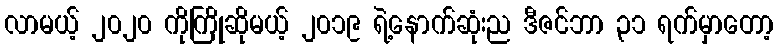
လာမယ့် ၂၀၂၀ ကိုကြိုဆိုမယ့် ၂၀၁၉ ရဲ့နောက်ဆုံးည ဒီဇင်ဘာ ၃၁ ရက်မှာတော့